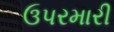
ઉપરમારી